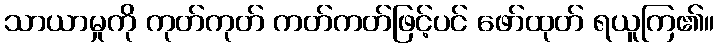
သာယာမှုကို ကုတ်ကုတ် ကတ်ကတ်ဖြင့်ပင် ဖော်ထုတ် ရယူကြ၏။